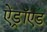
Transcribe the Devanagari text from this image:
ऐंड्रॉएड